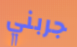
جربني